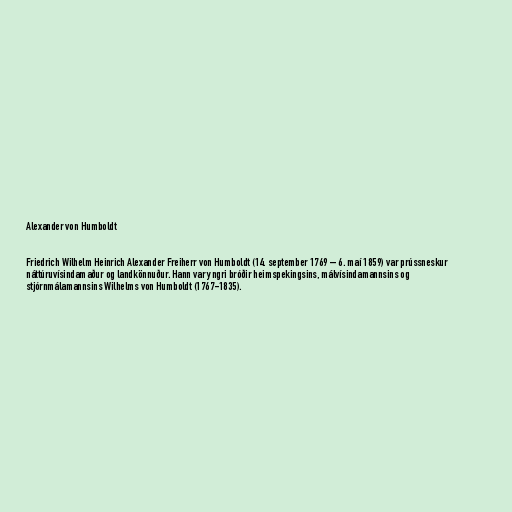
Alexander von Humboldt

Friedrich Wilhelm Heinrich Alexander Freiherr von Humboldt (14. september 1769 – 6. maí 1859) var prússneskur
náttúruvísindamaður og landkönnuður. Hann var yngri bróðir heimspekingsins, málvísindamannsins og
stjórnmálamannsins Wilhelms von Humboldt (1767-1835).